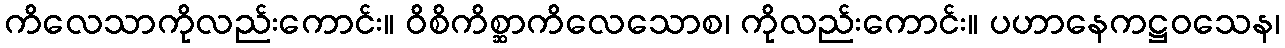
ကိလေသာကိုလည်းကောင်း။ ဝိစိကိစ္ဆာကိလေသောစ၊ ကိုလည်းကောင်း။ ပဟာနေကဋ္ဌဝသေန၊